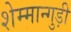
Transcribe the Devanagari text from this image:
शेम्मान्गुड़ी